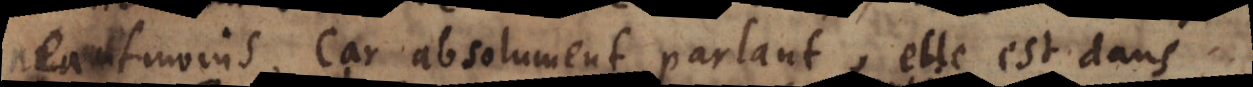
neantmoins. Car absolument parlant, elle est dans